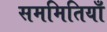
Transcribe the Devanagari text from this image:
सममितियाँ